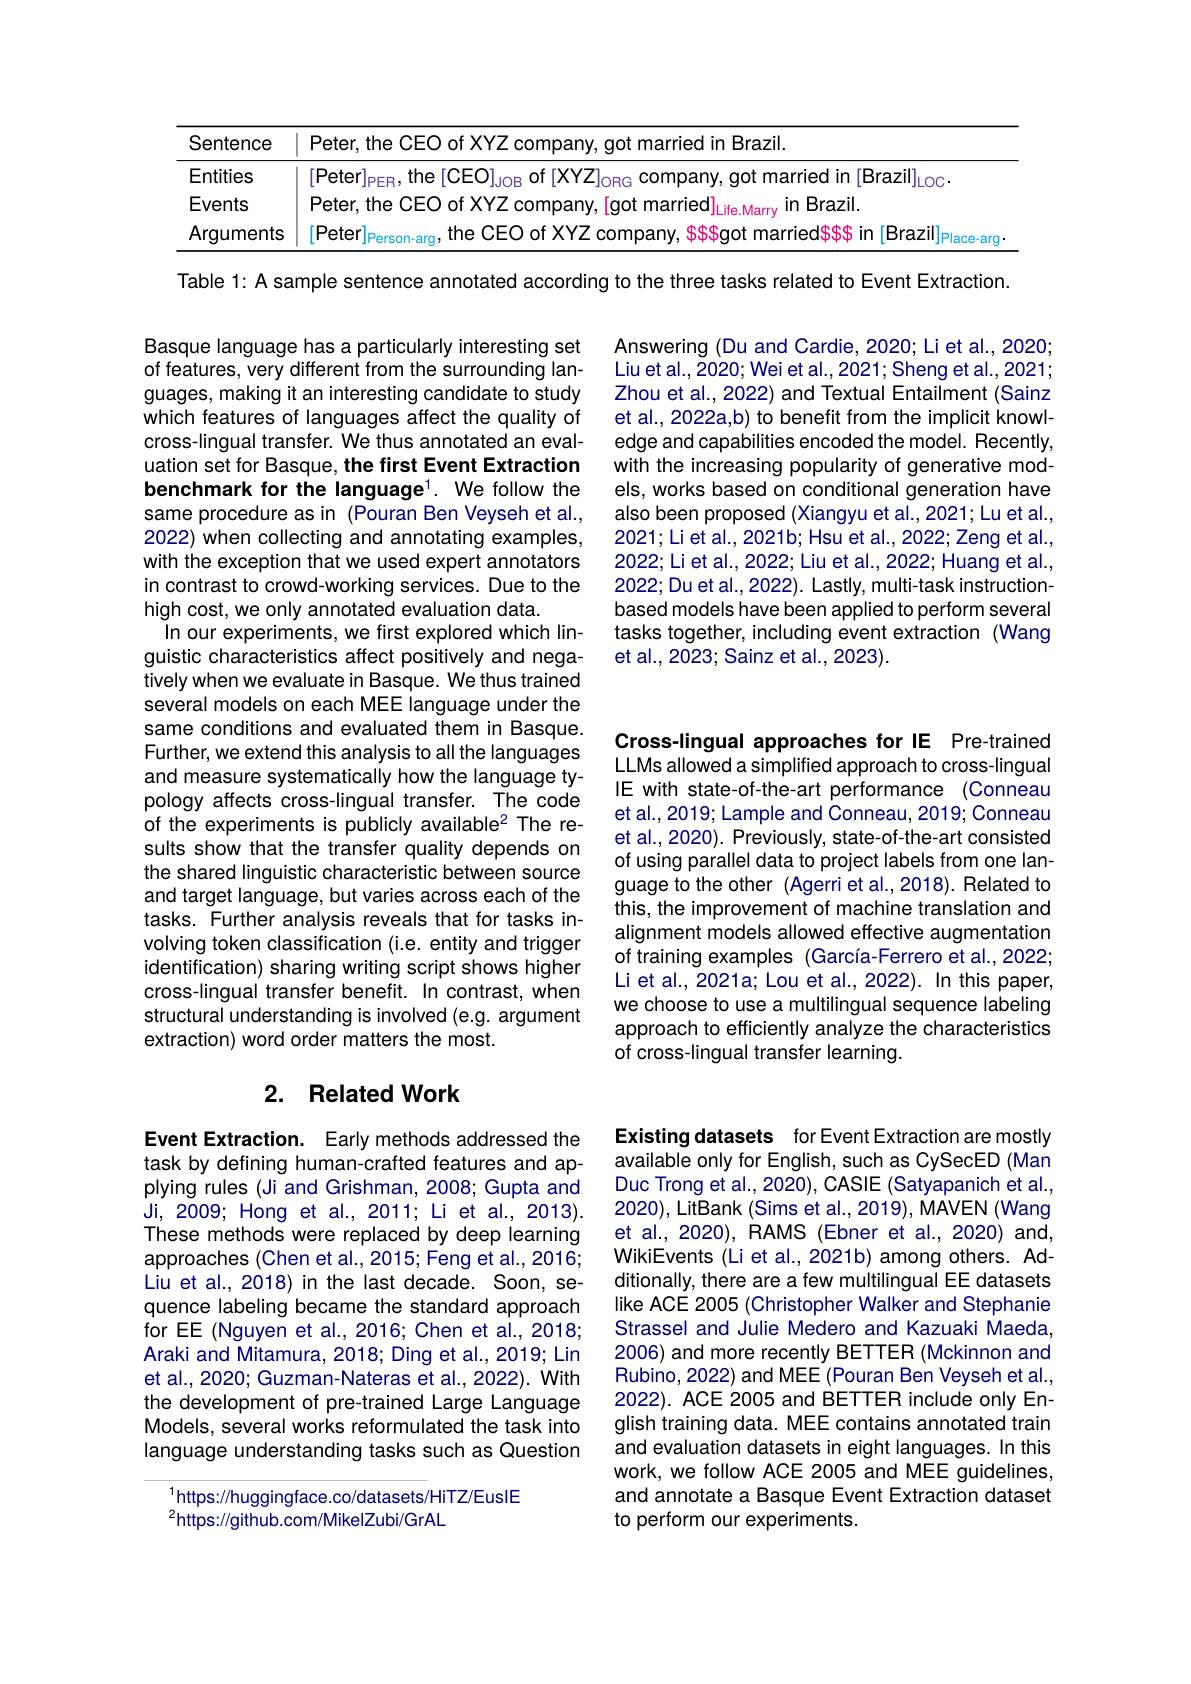
<table>
	<tbody>
		<tr>
			<th>Sentence</th>
			<th>Peter, the CEO of XYZ company. qot married in Brazil</th>
		</tr>
		<tr>
			<td>Entities</td>
			<td>$\partial_{\mathrm{Pfer}}$ $[CF($ |Brazi| thel COT</td>
		</tr>
		<tr>
			<td>Events</td>
			<td>Peter.the $({\mathrm{E}}()$nt XY7 marrien in Brazi</td>
		</tr>
		<tr>
			<td>Arguments</td>
			<td>Peter marriedsss Bra71 ace-arc</td>
		</tr>
	</tbody>
</table>

Table 1: A sample sentence annotated according to the three tasks related to Event Extraction.

Answering (Du and Cardie, 2020; Li et al., 2020; Liu et al., 2020; Wei et al., 2021; Sheng et al., 2021; Zhou et al., 2022) and Textual Entailment (Sainz et al., 2022a, b) to benefit from the implicit knowledge and capabilities encoded the model. Recently, with the increasing popularity of generative models, works based on conditional generation have also been proposed (Xiangyu et al., 2021; Lu et al., 2021; Li et al., 2021b; Hsu et al., 2022; Zeng et al., 2022;Liet al., 2022; Liu et al., 2022; Huang et al., 2022; Du et al., 2022). Lastly, multi-task instructionbased models have been applied to perform several tasks together, including event extraction (Wang et al., 2023; Sainz et al., 2023).

Basque language has a particularly interesting set of features, very different from the surrounding languages, making it an interesting candidate to study which features of languages affect the quality of cross-lingual transfer. We thus annotated an evaluation set for Basque, the first Event Extraction benchmark for the language$^1.$ We follow the same procedure as in (Pouran Ben Veyseh et al., 2022) when collecting and annotating examples, with the exception that we used expert annotators in contrast to crowd-working services. Due to the high cost, we only annotated evaluation data.
In our experiments, we first explored which linguistic characteristics affect positively and negatively when we evaluate in Basque. We thus trained several models on each MEE language under the same conditions and evaluated them in Basque. Further, we extend this analysis to all the languages and measure systematically how the language typology affects cross-lingual transfer. The code of the experiments is publicly available2 The results show that the transfer quality depends on the shared linguistic characteristic between source and target language, but varies across each of the tasks. Further analysis reveals that for tasks involving token classification (i.e. entity and trigger identification) sharing writing script shows higher cross-lingual transfer benefit. In contrast, when structural understanding is involved (e.g. argument extraction) word order matters the most.

Cross-lingual approaches for IE Pre-trained LLMs allowed a simplified approach to cross-lingual IE with state-of-the-art performance (Conneau et al., 2019; Lample and Conneau, 2019; Conneau et al., 2020). Previously, state-of-the-art consisted of using parallel data to project labels from one language to the other (Agerri et al.,2018). Related to this, the improvement of machine translation and alignment models allowed effective augmentation of training examples (García-Ferrero et al.,2022; Li et al., 2021a; Lou et al., 2022). In this paper, we choose to use a multilingual sequence labeling approach to efficiently analyze the characteristics of cross-lingual transfer learning.

## 2. Related Work

Event Extraction. Early methods addressed the task by defining human-crafted features and applying rules (Ji and Grishman, 2008; Gupta and Ji, 2009; Hong et al., 2011; Li et al., 2013). These methods were replaced by deep learning approaches (Chen et al.,2015; Feng et al.,2016; Liu et al., 2018) in the last decade. Soon, sequence labeling became the standard approach for EE (Nguyen et al.,2016; Chen et al., 2018; Araki and Mitamura, 2018; Ding et al., 2019; Lin et al., 2020; Guzman-Nateras et al., 2022). With the development of pre-trained Large Language Models, several works reformulated the task into language understanding tasks such as Question

Existing datasets for Event Extraction are mostly available only for English, such as CySecED (Man Duc Trong et al., 2020), CASIE (Satyapanich et al., 2020), LitBank (Sims et al., 2019), MAVEN (Wang et al., 2020), RAMS (Ebner et al., 2020) and, WikiEvents (Li et al., 2021b) among others. Additionally, there are a few multilingual EE datasets like ACE 2005 ( Christopher Walker and Stephanie Strassel and Julie Medero and Kazuaki Maeda, 2006) and more recently BETTER (Mckinnon and Rubino, 2022) and MEE (Pouran Ben Veyseh et al., 2022). ACE 2005 and BETTER include only English training data. MEE contains annotated train and evaluation datasets in eight languages. In this work, we follow ACE 2005 and MEE guidelines, and annotate a Basque Event Extraction dataset to perform our experiments.

$^{1}$https://huggingface.co/datasets/HiTZ/EusIE
$^{2}$https://github.com/MikelZubi/GrAL